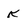
Character: K